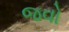
જવો